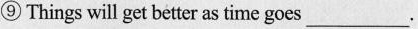
⑨Things will get better as time goes ___ .